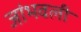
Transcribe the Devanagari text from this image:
जांभवली